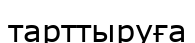
тарттыруға